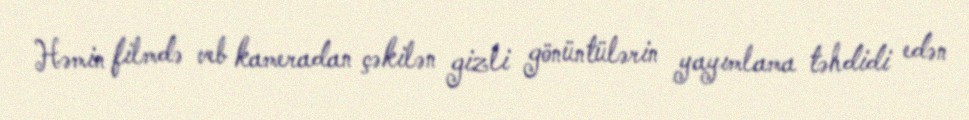
Həmin filmdə veb kameradan çəkilən gizli gönüntülərin yayımlama təhdidi edən